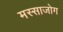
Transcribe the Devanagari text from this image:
मस्साजोग